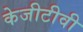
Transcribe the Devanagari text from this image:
केजीटीवी